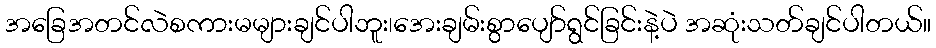
အခြေအတင်လဲစကားမများချင်ပါဘူး၊အေးချမ်းစွာပျော်ရွင်ခြင်းနဲ့ပဲ အဆုံးသတ်ချင်ပါတယ်။